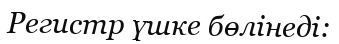
Регистр үшке бөлінеді: